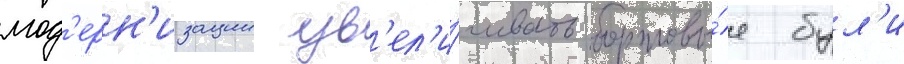
мод'ерн'изации ув'ел'и́чивать бортовы́е бул'и